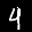
Label: 4